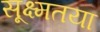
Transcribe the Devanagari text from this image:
सूक्ष्मतया